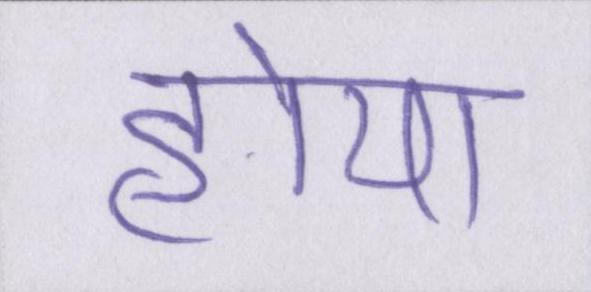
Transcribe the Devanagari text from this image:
होया